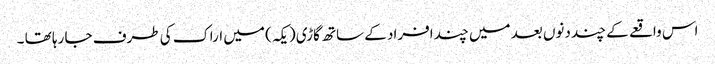
اس واقعے کے چند دنوں بعد میں چند افراد کے ساتھ گاڑی ( یکہ ) میں اراک کی طرف جا رہا تھا ۔